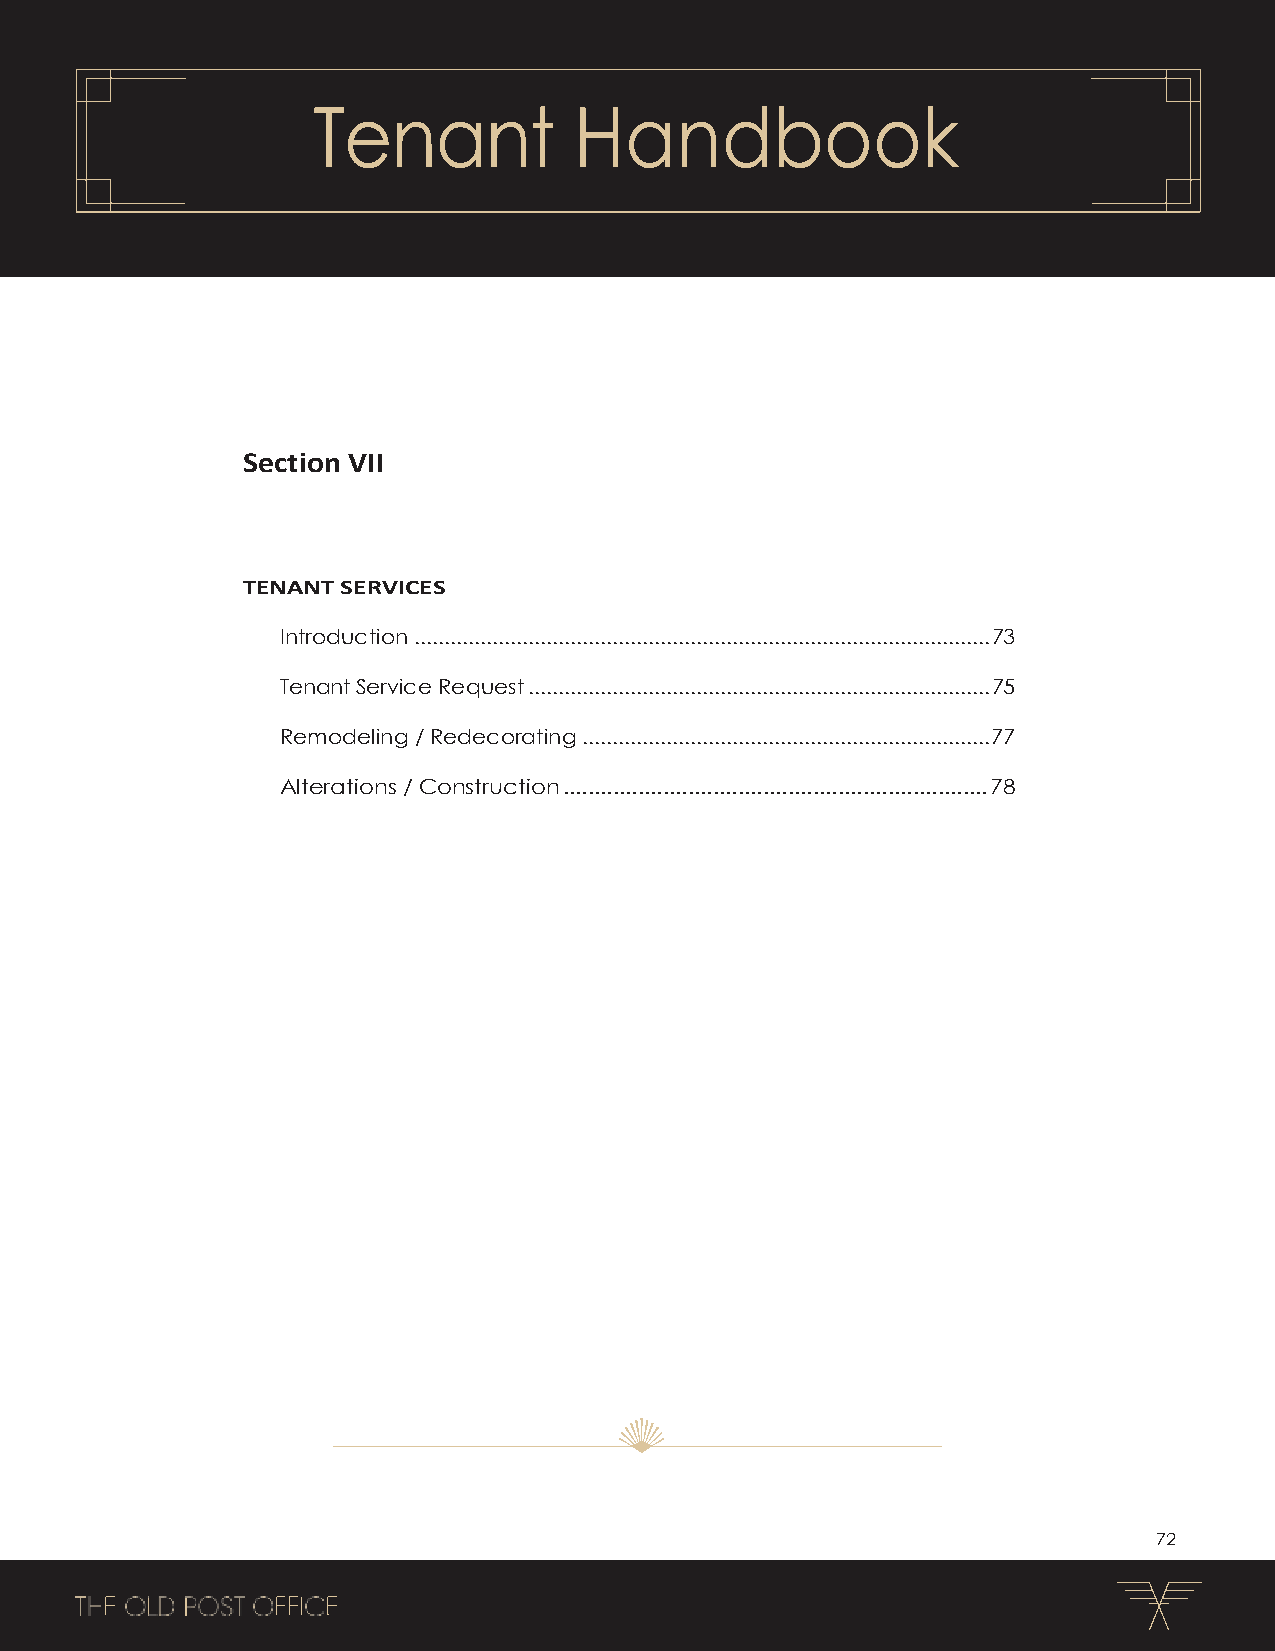
Tenant           Handbook
 Section VII
 TENANT SERVICES
 Introduction ................................................................................................ 73
 Tenant Service Request ............................................................................. 75
 Remodeling / Redecorating .................................................................... 77
 Alterations / Construction .................................................................... 78
 72